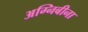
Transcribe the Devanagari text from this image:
अग्निबीना